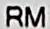
RM